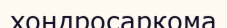
хондросаркома